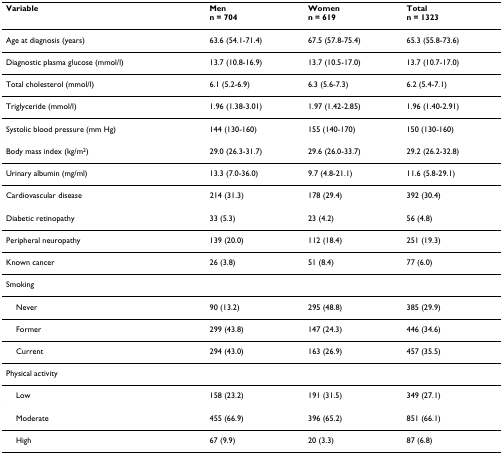
<table><thead><tr><td><b>Variable</b></td><td><b>Menn = 704</b></td><td><b>Womenn = 619</b></td><td><b>Totaln = 1323</b></td></tr></thead><tbody><tr><td>Age at diagnosis (years)</td><td>63.6 (54.1-71.4)</td><td>67.5 (57.8-75.4)</td><td>65.3 (55.8-73.6)</td></tr><tr><td>Diagnostic plasma glucose (mmol/l)</td><td>13.7 (10.8-16.9)</td><td>13.7 (10.5-17.0)</td><td>13.7 (10.7-17.0)</td></tr><tr><td>Total cholesterol (mmol/l)</td><td>6.1 (5.2-6.9)</td><td>6.3 (5.6-7.3)</td><td>6.2 (5.4-7.1)</td></tr><tr><td>Triglyceride (mmol/l)</td><td>1.96 (1.38-3.01)</td><td>1.97 (1.42-2.85)</td><td>1.96 (1.40-2.91)</td></tr><tr><td>Systolic blood pressure (mm Hg)</td><td>144 (130-160)</td><td>155 (140-170)</td><td>150 (130-160)</td></tr><tr><td>Body mass index (kg/m<sup>2</sup>)</td><td>29.0 (26.3-31.7)</td><td>29.6 (26.0-33.7)</td><td>29.2 (26.2-32.8)</td></tr><tr><td>Urinary albumin (mg/ml)</td><td>13.3 (7.0-36.0)</td><td>9.7 (4.8-21.1)</td><td>11.6 (5.8-29.1)</td></tr><tr><td>Cardiovascular disease</td><td>214 (31.3)</td><td>178 (29.4)</td><td>392 (30.4)</td></tr><tr><td>Diabetic retinopathy</td><td>33 (5.3)</td><td>23 (4.2)</td><td>56 (4.8)</td></tr><tr><td>Peripheral neuropathy</td><td>139 (20.0)</td><td>112 (18.4)</td><td>251 (19.3)</td></tr><tr><td>Known cancer</td><td>26 (3.8)</td><td>51 (8.4)</td><td>77 (6.0)</td></tr><tr><td>Smoking</td><td></td><td></td><td></td></tr><tr><td> Never</td><td>90 (13.2)</td><td>295 (48.8)</td><td>385 (29.9)</td></tr><tr><td> Former</td><td>299 (43.8)</td><td>147 (24.3)</td><td>446 (34.6)</td></tr><tr><td> Current</td><td>294 (43.0)</td><td>163 (26.9)</td><td>457 (35.5)</td></tr><tr><td>Physical activity</td><td></td><td></td><td></td></tr><tr><td> Low</td><td>158 (23.2)</td><td>191 (31.5)</td><td>349 (27.1)</td></tr><tr><td> Moderate</td><td>455 (66.9)</td><td>396 (65.2)</td><td>851 (66.1)</td></tr><tr><td> High</td><td>67 (9.9)</td><td>20 (3.3)</td><td>87 (6.8)</td></tr></tbody></table>